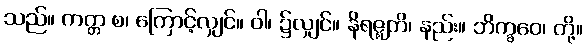
သည်။ ကတ္တ စ၊ ကြောင့်လျှင်။ ဝါ၊ ၌လျှင်။ နိရဇ္ဈတိ၊ နည်း။ ဘိက္ခဝေ၊ တို့။